Annual report on the mental hospital in the Central Provinces and Berar (Nagpur) - 1927-1951
Year: 1927
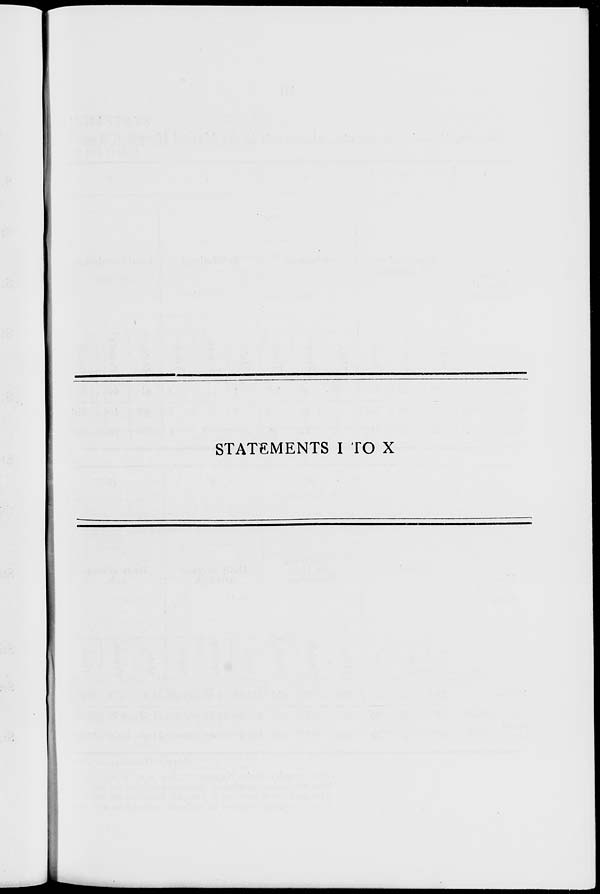
STATEMENTS I TO X